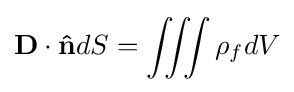
\mathbf {D} \cdot \mathbf {\hat {n}} dS=\iiint \rho _{f}dV